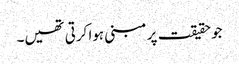
جو حقیقت پر مبنی ہوا کرتی تھیں۔